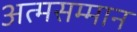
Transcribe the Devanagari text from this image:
अत्मसम्मान